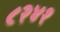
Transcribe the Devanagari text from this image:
८२४१